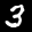
Label: 3